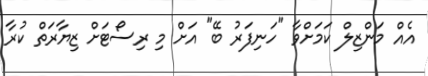
އެއް މަންޒިލް ކަމަށްވާ "ހަނިފަރު ބޭ" އަށް މި ރިސޯޓަށް ޒިޔާރަތް ކުރާ